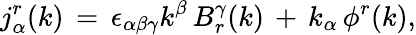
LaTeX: j_{\alpha}^{r}(k)\, =\, \epsilon_{\alpha\beta\gamma}k^{\beta}\, B_{r}^{\gamma}(k)\, +\, k_{\alpha}\, \phi^{r}(k),